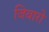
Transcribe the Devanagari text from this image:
जिवारो